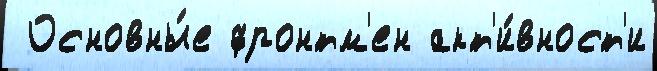
 Основны́е фронтм'ен акт'и́вност'и